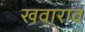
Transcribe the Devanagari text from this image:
खवाराव